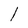
Character: l